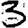
Digit: 3